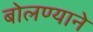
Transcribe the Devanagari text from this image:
बोलण्याने